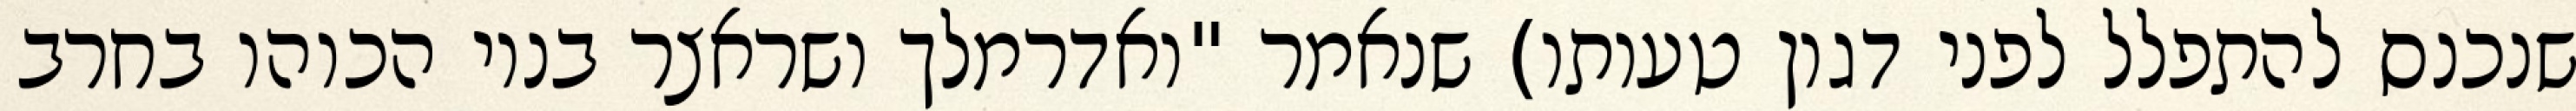
שנכנס להתפלל לפני דגון טעותו) שנאמר "ואדרמלך ושראצר בניו הכוהו בחרב